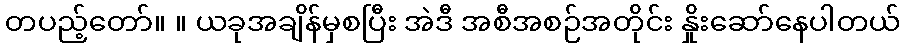
တပည့်တော်။ ။ ယခုအချိန်မှစပြီး အဲဒီ အစီအစဉ်အတိုင်း နှိုးဆော်နေပါတယ်